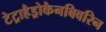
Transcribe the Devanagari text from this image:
टेट्राहैड्रोकैनबिवरिन